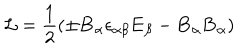
LaTeX: { \cal L } = { \frac { 1 } { 2 } } { ( { \pm \bf B _ { \alpha } } { \epsilon _ { { \alpha } { \beta } } } { \bf E _ { \beta } } - { \bf B } _ { \alpha } { \bf B } _ { \alpha } ) }